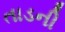
તાડની